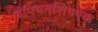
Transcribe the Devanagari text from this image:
चैंपियनशिपएक